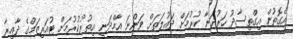
އެގޮތުން އިގްތިސާދު ހަރުދަނާ ކުރުމަށް ދައުލަތަށް ވަންނަ އާމްދަނީ އިތުރުކުރުމަށް ޓުއަރިޒަމްގެ ދާއިރާ